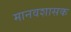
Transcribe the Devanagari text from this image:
मानवशासक